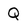
Character: Q